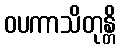
ဝပကာသိတုန္တိ